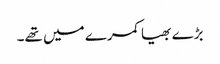
بڑے بھیا کمرے میں تھے۔